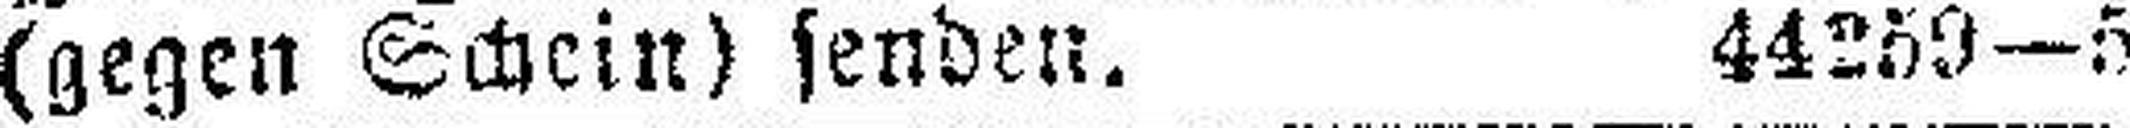
(gegen Schein) senden. 44259—5